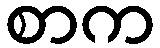
စာက